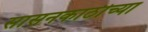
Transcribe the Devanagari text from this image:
सासनकाठीच्या